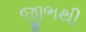
જીભથી